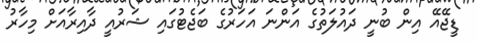
ޑީޖޭއޭ އިން ބުނީ ދައުލަތުގެ އަންނަ އަހަރުގެ ބަޖެޓުގައި ޝަރުއީ ދާއިރާއަށް މިހާރު